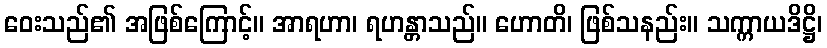
ဝေးသည်၏ အဖြစ်ကြောင့်။ အာရဟာ၊ ရဟန္တာသည်။ ဟောတိ၊ ဖြစ်သနည်း။ သက္ကာယဒိဋ္ဌိ၊